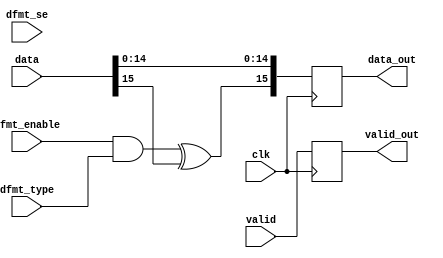
module ad_datafmt #(
  parameter   DATA_WIDTH = 16,
  parameter   DISABLE = 0) (
  input                       clk,
  input                       valid,
  input   [(DATA_WIDTH-1):0]  data,
  output                      valid_out,
  output  [15:0]              data_out,
  input                       dfmt_enable,
  input                       dfmt_type,
  input                       dfmt_se);
  reg                         valid_int = 'd0;
  reg     [15:0]              data_int = 'd0;
  wire                        type_s;
  wire    [15:0]              data_out_s;
  generate
  if (DISABLE == 1) begin
  assign valid_out = valid;
  assign data_out = data;
  end else begin
  assign valid_out = valid_int;
  assign data_out = data_int;
  end
  endgenerate
  assign type_s = dfmt_enable & dfmt_type;
  generate
  if (DATA_WIDTH < 16) begin
    wire signext_s;
    wire sign_s;
    assign signext_s = dfmt_enable & dfmt_se;
    assign sign_s = signext_s & (type_s ^ data[(DATA_WIDTH-1)]);
    assign data_out_s[15:DATA_WIDTH] = {(16-DATA_WIDTH){sign_s}};
  end
  endgenerate
  assign data_out_s[(DATA_WIDTH-1)] = type_s ^ data[(DATA_WIDTH-1)];
  assign data_out_s[(DATA_WIDTH-2):0] = data[(DATA_WIDTH-2):0];
  always @(posedge clk) begin
    valid_int <= valid;
    data_int <= data_out_s[15:0];
  end
endmodule